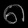
Digit: ၈